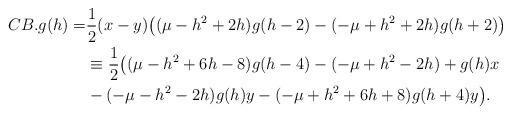
LaTeX: \begin{align*} CB.g({h})=&\frac{1}{2}(x-y)\big((\mu-h^{2}+2h)g({h}-2)-(-\mu+h^{2}+2h)g({h}+2)\big)\\& \equiv\frac{1}{2}\big((\mu-h^{2}+6h-8)g(h-4)-(-\mu+h^{2}-2h)+g(h)x\\&-(-\mu-h^{2}-2h)g(h)y-(-\mu+h^{2}+6h+8)g(h+4)y\big). \end{align*}